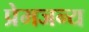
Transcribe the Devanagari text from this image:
प्रेमजन्य